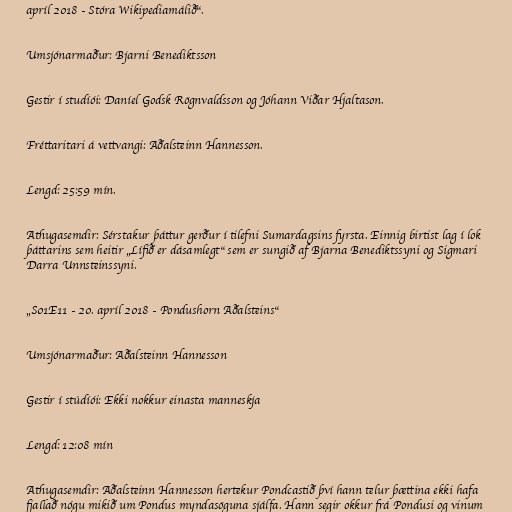
apríl 2018 - Stóra Wikipediamálið“.

Umsjónarmaður: Bjarni Benediktsson

Gestir í studíói: Daníel Godsk Rögnvaldsson og Jóhann Viðar Hjaltason.

Fréttaritari á vettvangi: Aðalsteinn Hannesson.

Lengd: 25:59 mín.

Athugasemdir: Sérstakur þáttur gerður í tilefni Sumardagsins fyrsta. Einnig birtist lag í lok
þáttarins sem heitir „Lífið er dásamlegt“ sem er sungið af Bjarna Benediktssyni og Sigmari
Darra Unnsteinssyni.

„S01E11 - 20. apríl 2018 - Pondushorn Aðalsteins“

Umsjónarmaður: Aðalsteinn Hannesson

Gestir í stúdíói: Ekki nokkur einasta manneskja

Lengd: 12:08 mín

Athugasemdir: Aðalsteinn Hannesson hertekur Pondcastið því hann telur þættina ekki hafa
fjallað nógu mikið um Pondus myndasöguna sjálfa. Hann segir okkur frá Pondusi og vinum